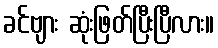
ခင်ဗျား ဆုံးဖြတ်ပြီးပြီလား။